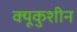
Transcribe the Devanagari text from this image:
क्यूकुशीन